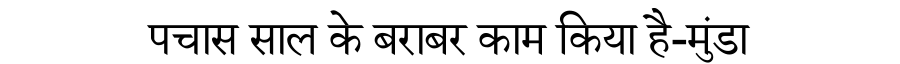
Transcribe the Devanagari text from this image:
पचास साल के बराबर काम किया है-मुंडा